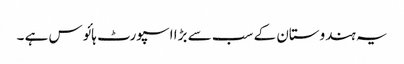
یہ ہندوستان کے سب سے بڑا اسپورٹ ہائوس ہے ۔